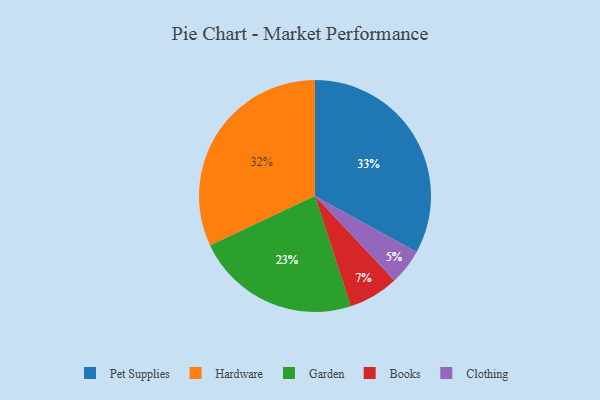
{"axis": {"x": "Category", "y": "Percentage"}, "legend": ["Books", "Clothing", "Garden", "Hardware", "Pet Supplies"], "data": [{"x": "Books", "y": 7, "type": "Books"}, {"x": "Hardware", "y": 32, "type": "Hardware"}, {"x": "Pet Supplies", "y": 33, "type": "Pet Supplies"}, {"x": "Clothing", "y": 5, "type": "Clothing"}, {"x": "Garden", "y": 23, "type": "Garden"}]}